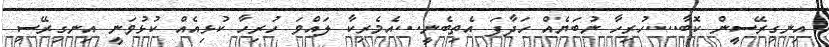
އިނގިރޭސީން ކޮބާ...ހުރިހާ ނުބަޔެއް ހަދާފަ އެތިބެނީ...އެމެރިކާ ލައްވަ ހުރިހާ ކުޅިއެއް ކުޅުވަނީ އިނގިރޭސި